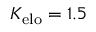
K _ { \mathrm { e l o } } = 1 . 5